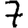
Digit: 7